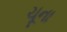
ચૂના